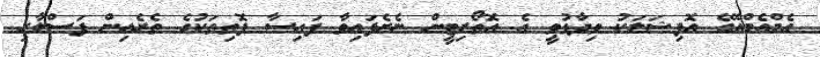
އެމްއެމްއޭގެ އޮފިޝަލަކު ވިދާޅުވީ އެ އޮތޯރިޓީން ނެރެފައިވާ ފައިސާ ފޮތިތަކުގެ ތެރެއިން ފަސްލާރި